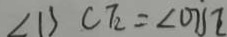
\angle B C F = \angle O B E